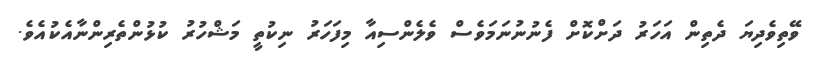
ވޭތިވެދިޔަ ދެތިން އަހަރު ދަށްކޮށް ފެނުނުނަމަވެސް ވެލެންސިއާ މިފަހަރު ނިކުތީ މަޝްހުރު ކުޅުންތެރިންނާއެކުއެވެ.